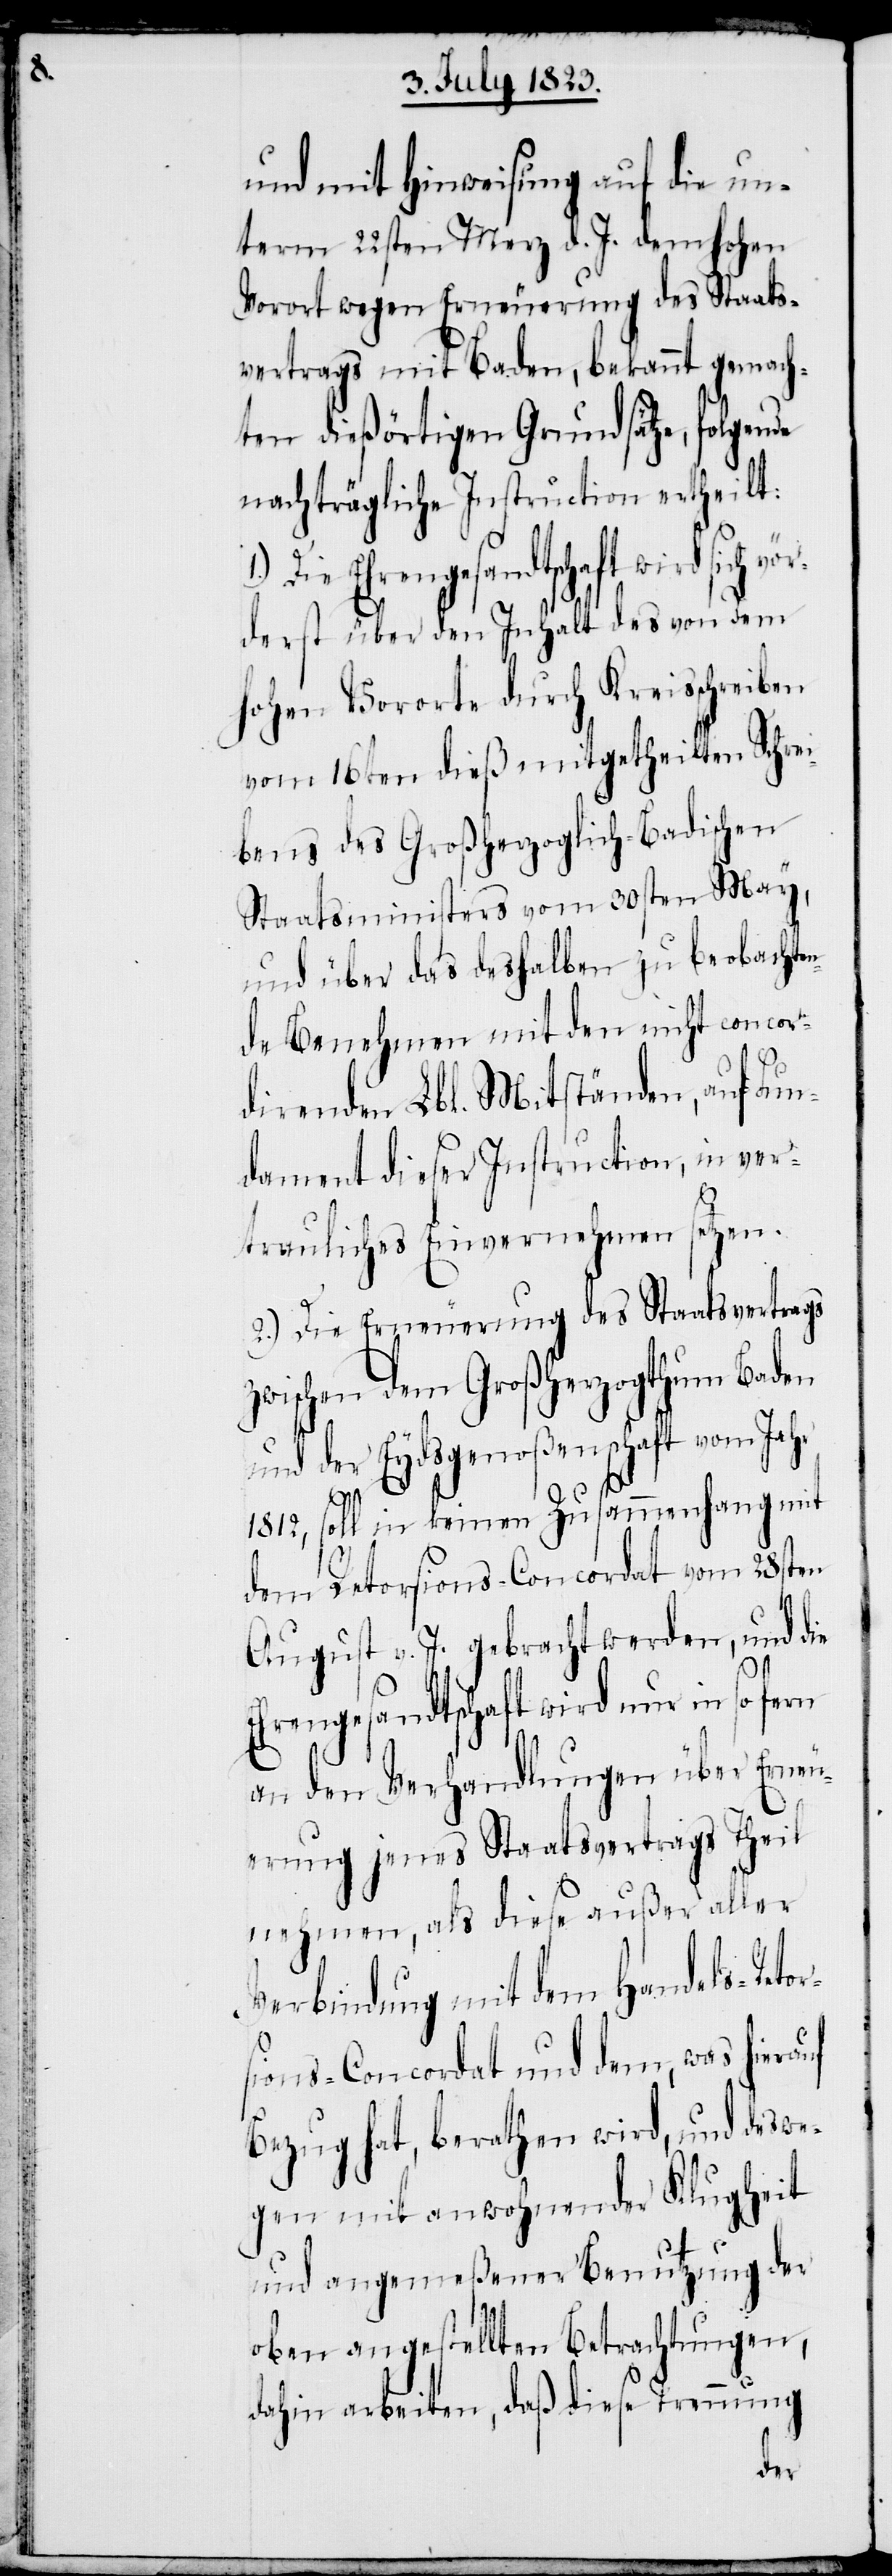
z¬

und mit Hinweisung auf die un¬
term 22sten Merz d. J. dem hohen
Vorort wegen Erneuerung des Staats¬
vertrags mit Baden, bekannt gemach¬
ten dießörtigen Grundsätze, folgende
nachträgliche Instruction ertheilt:
1.)
derst über den Inhalt des von dem
hohen Vororte durch Kreisschreiben
vom 16ten dieß mitgetheilten Schrei¬
bens des Großherzoglich-Badischen
Staatsministers vom 30sten May,
und über das deshalben zu beobachte¬
nde Benehmen mit den nicht concor¬
direnden Lbl. Mitständen, auf Fun¬
dament dieser Instruction, in ver¬
trauliches Einvernehmen setzen.
2.) Die Erneuerung des Staatsvertrags
wischen dem Großherzogthum Baden
und der Eydsgenoßenschaft vom Jahr
1812, soll in keinen Zusammenhang mit
dem Retorsions-Concordat vom 28sten
August v. J. gebracht werden, und die
Ehrengesandtschaft wird nur in so fern
an den Verhandlungen über Erneu¬
erung jenes Staatsvertrags Theil
nehmen, als diese außer aller
Verbindung mit dem Handels-Retor¬
sions-Concordat und dem, was hierauf
Bezug hat, berathen wird, und deswe¬
gen mit anwohnender Klugheit
und angemeßener Benutzung der
oben angestellten Betrachtungen,
dahin arbeiten, daß diese Trennung